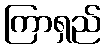
ကြာရှည်